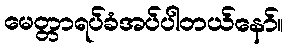
မေတ္တာရပ်ခံအပ်ပါတယ်နော်။